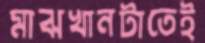
মাঝখানটাতেই